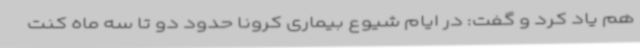
هم یاد کرد و گفت: در ایام شیوع بیماری کرونا حدود دو تا سه ماه کنت